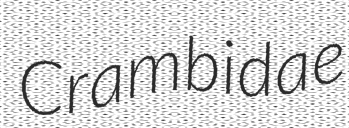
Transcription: Crambidae